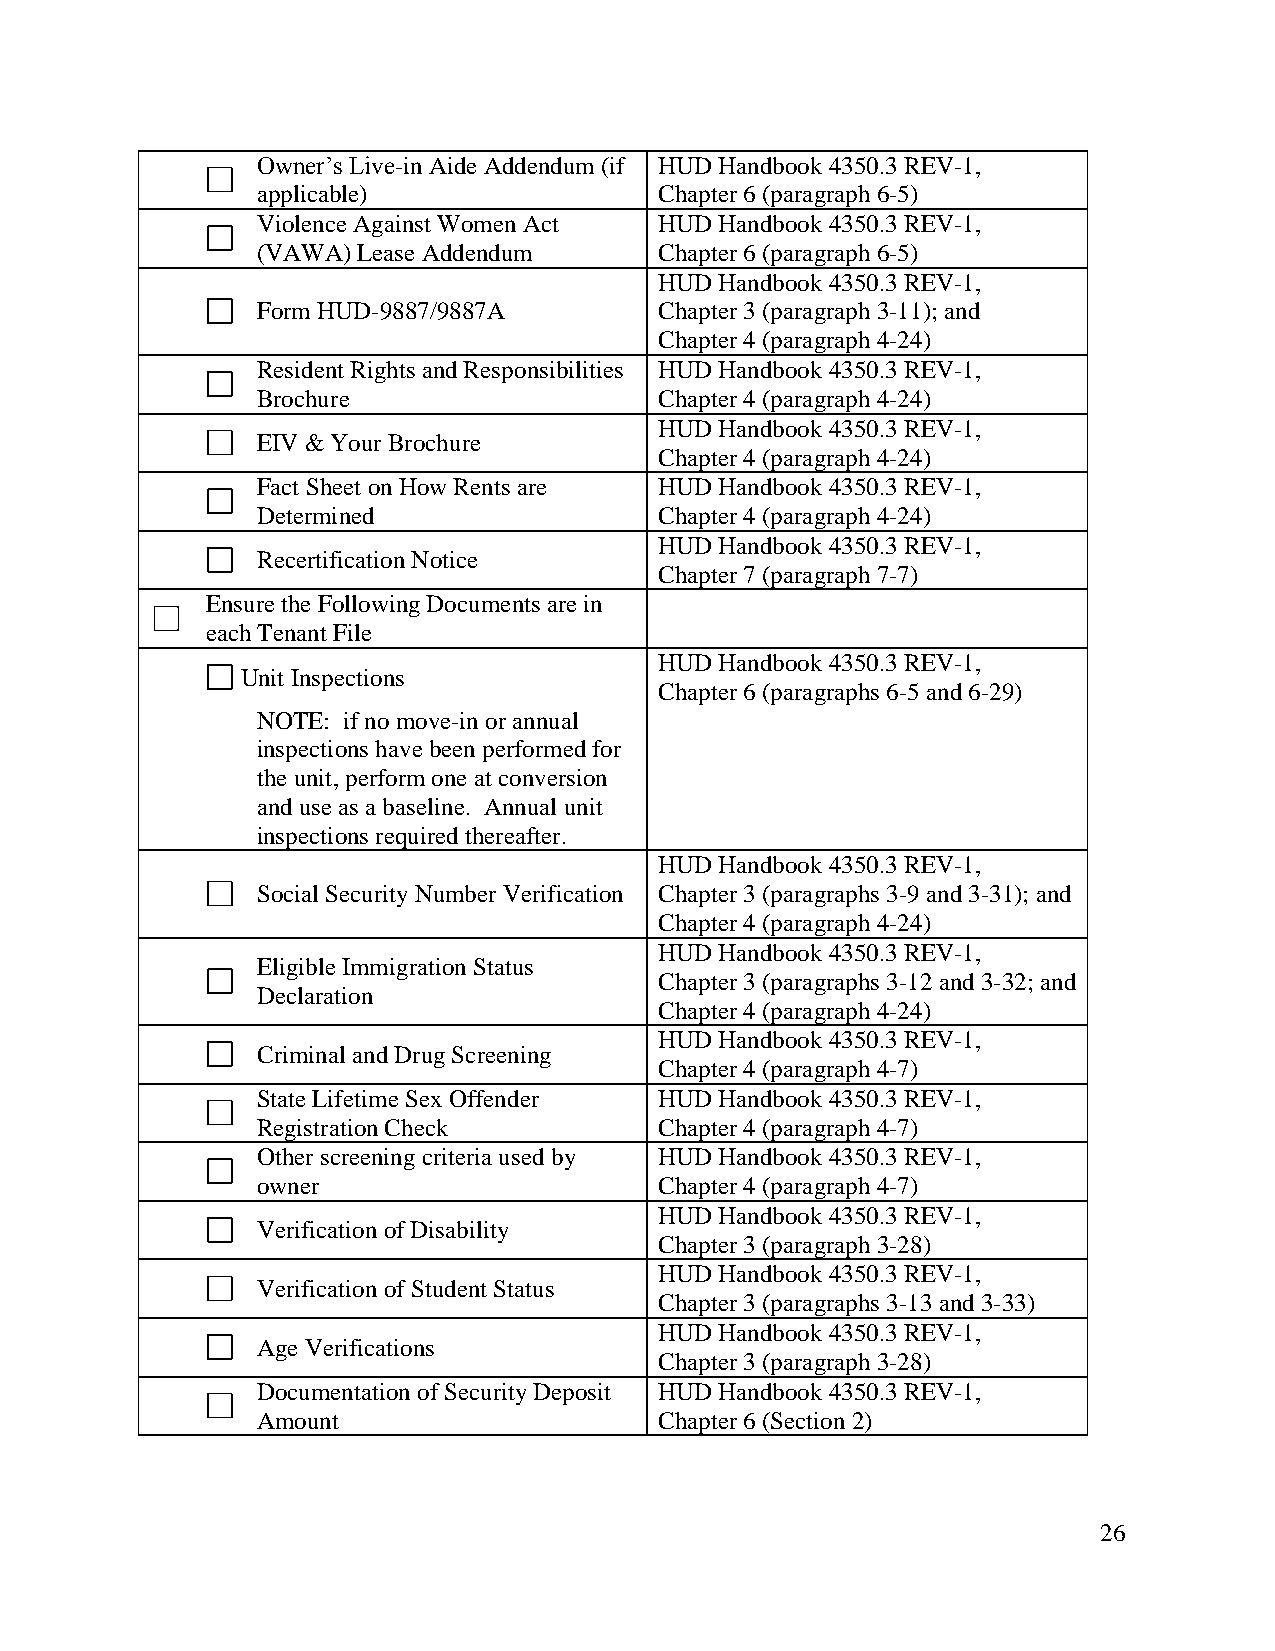
Owner’s Live-in Aide Addendum (if HUD Handbook 4350.3 REV-1,
 applicable)                Chapter 6 (paragraph 6-5)
 Violence Against Women Act HUD Handbook 4350.3 REV-1,
 (VAWA) Lease Addendum      Chapter 6 (paragraph 6-5)
 HUD Handbook 4350.3 REV-1,
 Form HUD-9887/9887A        Chapter 3 (paragraph 3-11); and
 Chapter 4 (paragraph 4-24)
 Resident Rights and Responsibilities HUD Handbook 4350.3 REV-1,
 Brochure                   Chapter 4 (paragraph 4-24)
 HUD Handbook 4350.3 REV-1,
 EIV & Your Brochure
 Chapter 4 (paragraph 4-24)
 Fact Sheet on How Rents are HUD Handbook 4350.3 REV-1,
 Determined                 Chapter 4 (paragraph 4-24)
 HUD Handbook 4350.3 REV-1,
 Recertification Notice
 Chapter 7 (paragraph 7-7)
 Ensure the Following Documents are in
 each Tenant File
 HUD Handbook 4350.3 REV-1,
 Unit Inspections
 Chapter 6 (paragraphs 6-5 and 6-29)
 NOTE: if no move-in or annual
 inspections have been performed for
 the unit, perform one at conversion
 and use as a baseline. Annual unit
 inspections required thereafter.
 HUD Handbook 4350.3 REV-1,
 Social Security Number Verification Chapter 3 (paragraphs 3-9 and 3-31); and
 Chapter 4 (paragraph 4-24)
 HUD Handbook 4350.3 REV-1,
 Eligible Immigration Status
 Chapter 3 (paragraphs 3-12 and 3-32; and
 Declaration
 Chapter 4 (paragraph 4-24)
 HUD Handbook 4350.3 REV-1,
 Criminal and Drug Screening
 Chapter 4 (paragraph 4-7)
 State Lifetime Sex Offender HUD Handbook 4350.3 REV-1,
 Registration Check         Chapter 4 (paragraph 4-7)
 Other screening criteria used by HUD Handbook 4350.3 REV-1,
 owner                      Chapter 4 (paragraph 4-7)
 HUD Handbook 4350.3 REV-1,
 Verification of Disability
 Chapter 3 (paragraph 3-28)
 HUD Handbook 4350.3 REV-1,
 Verification of Student Status
 Chapter 3 (paragraphs 3-13 and 3-33)
 HUD Handbook 4350.3 REV-1,
 Age Verifications
 Chapter 3 (paragraph 3-28)
 Documentation of Security Deposit HUD Handbook 4350.3 REV-1,
 Amount                     Chapter 6 (Section 2)
 26